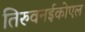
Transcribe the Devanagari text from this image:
तिरुवनईकोएल